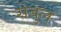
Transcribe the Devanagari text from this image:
सेबुल